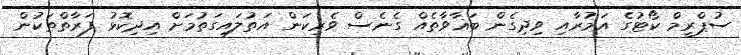
ސުޕްރީމް ކޯޓުގެ އަމުރާއި ވިދިގެން ބަޣާވާތެއް ގެނެސް ވެރިކަން އަތުލައިގަތުމަށް އިދިކޮޅު ފަރާތްތަކުން